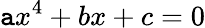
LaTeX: \mathtt{a}x^{4}+bx+c=0